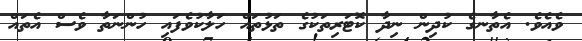
ވެއެވެ. އެތާނގެ ކުދިން ނިދާ ކޮޓަރިތަކުގެ ތަޅުތައް ހަލާކުވެފައި ހުންނަތާ ވެސް އެތައް